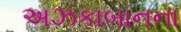
અઝકાબાનના